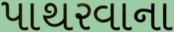
પાથરવાના